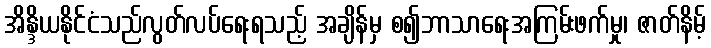
အိန္ဒိယနိုင်ငံသည်လွတ်လပ်ရေးရသည့် အချိန်မှ စ၍ဘာသာရေးအကြမ်းဖက်မှု၊ ဇာတ်နိမ့်